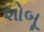
શોબૂ